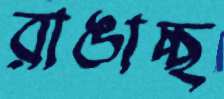
রাঙাচ্ছ